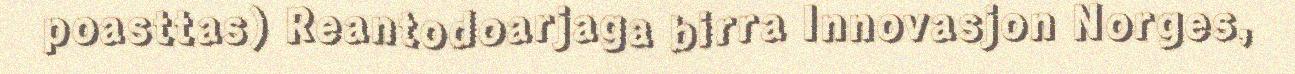
poasttas) Reantodoarjaga birra Innovasjon Norges,